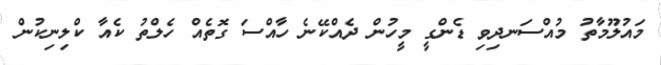
މައުލޫމާތު މުއްސަނދިވި ޑެންގީ މީހުން ދެއްކޭނެ ހާއްސަ ގޮތެއް ހެލްތު ކެއާ ކްލިނިކުން